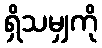
ရှိသမျှကို